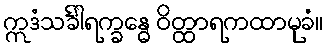
ဣဒံသင်္ခါရက္ခန္ဓေ ဝိတ္ထာရကထာမုခံ။